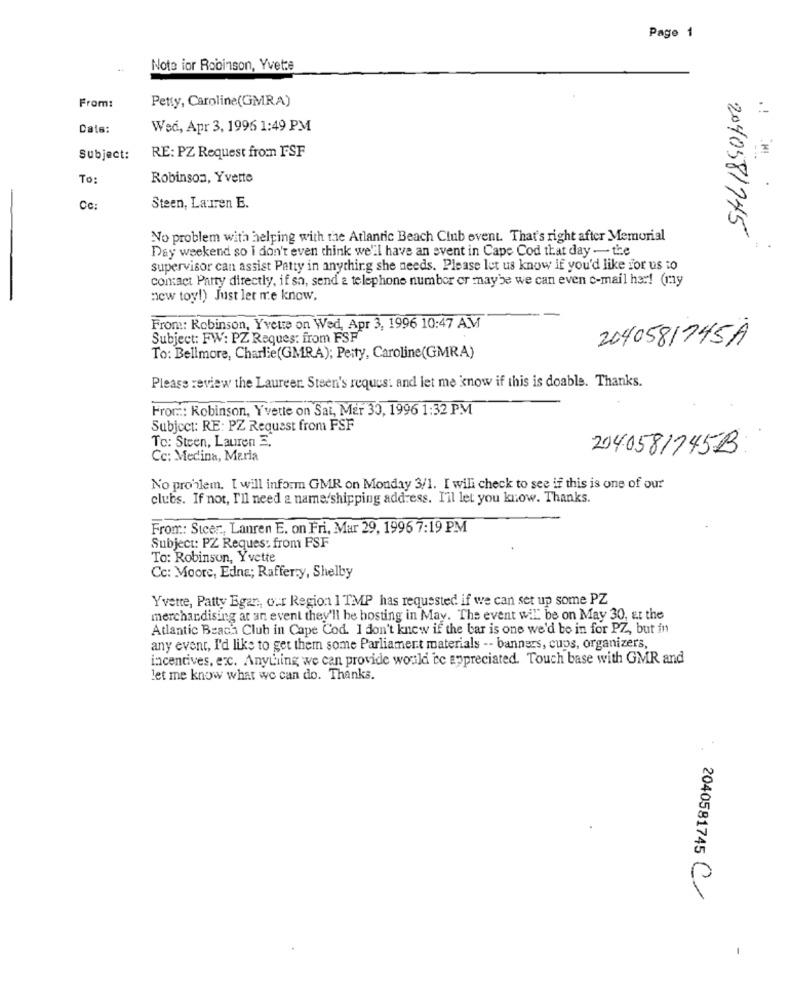
Page 1
Note ior Robinson, Yvette
From:
Petty, Caroline(GMRA)
Date:
Wed, Apr 3, 1996 1:49 PM
Subject:
RE: PZ Request from FSF
To:
Robinson, Yvette
Cc:
Steen, Lauren E.
2040581745
No problem with helping with the Atlantic Beach Club ovent. That's right after Memorial
Day weekend so I don't even think we'll have an event in Cape Cod that day - the
supervisor can assist Patty in anything she needs. Please let us know if you'd like for us to
contact Party directly, if sh, send a telephone number or maybe we can even c-mail her! (my
:ew toy!) Just let me know.
From: Robinson, Yvette on Wed, Apr 3, 1996 10:47 AM
Subject: FW: PZ Reques: from FSF
2040581745A
To: Bellmore, Charlie(GMRA); Peity, Caroline(GMRA)
Please review the Laureer. Steen's reques: and let me know if this is doable. Thanks.
Fror ..: Robinson, Yvette on Sat, Mer 30, 1996 1:32 PM
Subject: RE: PZ Request from FSF
To: Steen, Lauren E.
204058/745B
Cc: Medina, Maria
No problem. I will inform GMR on Monday 3/1. I will check to see if this is one of our
clubs. If not, I'll need a name/shipping address. I'll let you know. Thanks.
From: Stcer ., Lanren E. on Fri, Mar 29, 1996 7:19 PM
Subject: PZ Reques: from FSF
To: Robinson, Yvette
Cc: Moore, Edne; Rafferty, Shelby
Yvette, Patty Egar, our Region 1 TMP has requested if we can set up some PZ
merchandising at an event they'll be hosting in May. The event will be on May 30, at the
Atlantic Beach Club in Cape Cod. I don't know if the bar is one we'd be in for PZ, but in
any event, I'd like to get them some Parliament materials -- banners, cups, organizers,
incentives, ecc. Anything we can provide would be appreciated. Touch base with GMR and
let me know what we can do. Thanks.
2040581745 C/